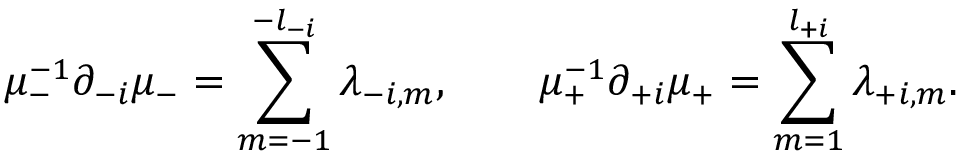
\mu _ { - } ^ { - 1 } \partial _ { - i } \mu _ { - } = \sum _ { m = - 1 } ^ { - l _ { - i } } \lambda _ { - i , m } , \qquad \mu _ { + } ^ { - 1 } \partial _ { + i } \mu _ { + } = \sum _ { m = 1 } ^ { l _ { + i } } \lambda _ { + i , m } .